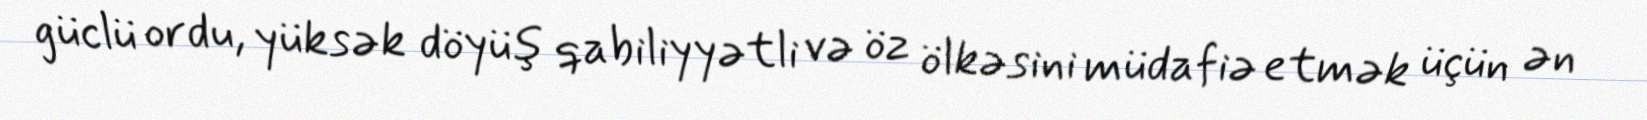
güclü ordu, yüksək döyüş qabiliyyətli və öz ölkəsini müdafiə etmək üçün ən